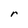
Character: r